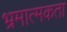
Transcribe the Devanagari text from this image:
भ्रमात्मकता